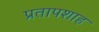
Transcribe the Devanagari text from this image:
प्रतापशाह